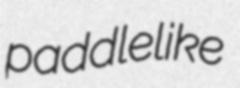
paddlelike